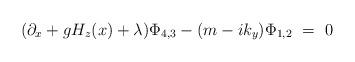
LaTeX: \begin{align*}(\partial _x+gH_z(x)+\lambda )\Phi _{4,3}-(m-ik_y)\Phi_{1,2}~=~0\end{align*}